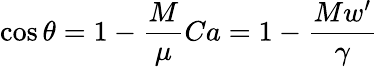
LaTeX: \cos{\theta}=1-\frac{M}{\mu}Ca=1-\frac{Mw^{\prime}}{\gamma}